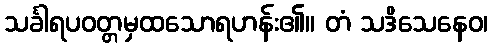
သင်္ခါရပဝတ္တမှထသောရဟန်း၏။ တံ သဒိသေနေဝ၊